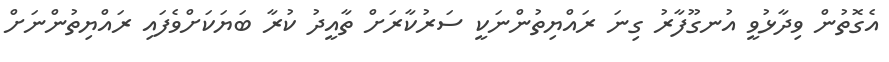
އެގޮތުން ވިދާޅުވީ އުނގޫފާރު ގިނަ ރައްޔިތުންނަކީ ސަރުކާރަށް ތާއީދު ކުރާ ބަޔަކަށްވެފައި ރައްޔިތުންނަށް